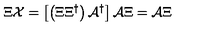
\Xi { \cal X } = \left[ \left( \Xi \Xi ^ { \dagger } \right) { \cal A } ^ { \dagger } \right] { \cal A } \Xi = { \cal A } \Xi